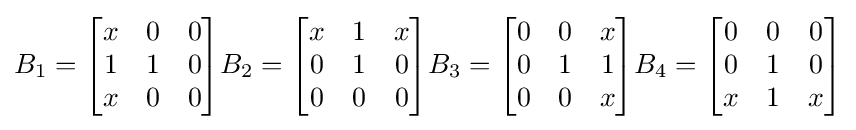
B_{1}={\begin{bmatrix}x&0&0\\1&1&0\\x&0&0\end{bmatrix}}B_{2}={\begin{bmatrix}x&1&x\\0&1&0\\0&0&0\end{bmatrix}}B_{3}={\begin{bmatrix}0&0&x\\0&1&1\\0&0&x\end{bmatrix}}B_{4}={\begin{bmatrix}0&0&0\\0&1&0\\x&1&x\end{bmatrix}}